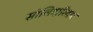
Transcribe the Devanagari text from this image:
सोलिदारिदाद